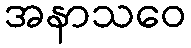
အနာသဝေ